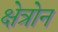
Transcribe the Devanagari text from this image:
क्षेत्रोन